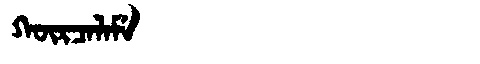
Manchu: ᡴᡡᡵᠴᠠᠯᠠᠮᡝ
Romanization: KŪRCALAME